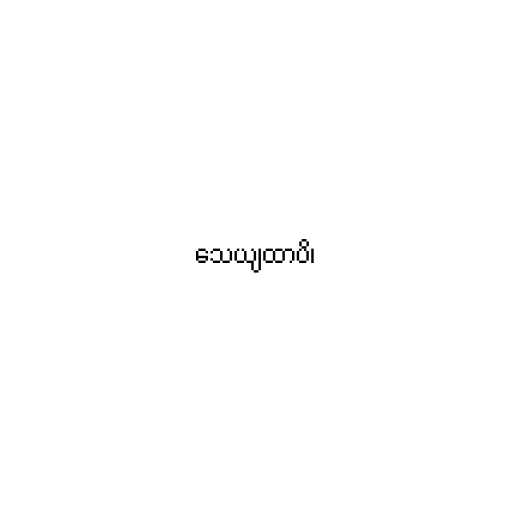
သေယျထာပိ၊